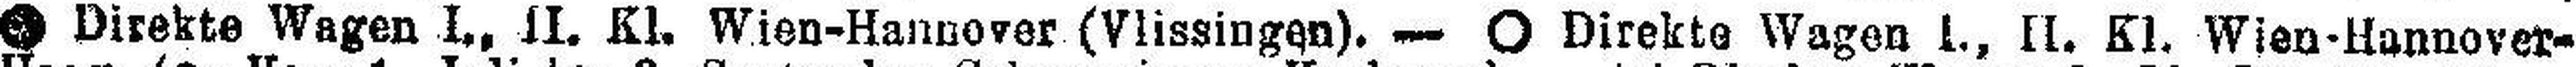
### Direkte Wagen I., II. Kl. Wien-Hannover (Vlissingen). — O Direkte Wagen I., II. Kl. Wien-Hannover-